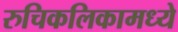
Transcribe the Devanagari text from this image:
रुचिकलिकामध्ये